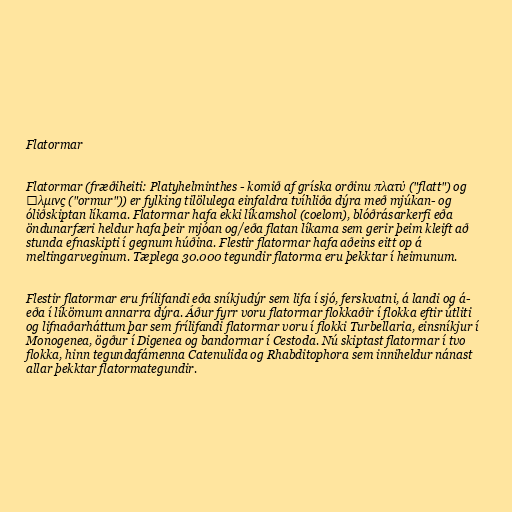
Flatormar

Flatormar (fræðiheiti: Platyhelminthes - komið af gríska orðinu πλατύ ("flatt") og
ἕλμινς ("ormur")) er fylking tilölulega einfaldra tvíhliða dýra með mjúkan- og
óliðskiptan líkama. Flatormar hafa ekki líkamshol (coelom), blóðrásarkerfi eða
öndunarfæri heldur hafa þeir mjóan og/eða flatan líkama sem gerir þeim kleift að
stunda efnaskipti í gegnum húðina. Flestir flatormar hafa aðeins eitt op á
meltingarveginum. Tæplega 30.000 tegundir flatorma eru þekktar í heimunum.

Flestir flatormar eru frílifandi eða sníkjudýr sem lifa í sjó, ferskvatni, á landi og á-
eða í líkömum annarra dýra. Áður fyrr voru flatormar flokkaðir í flokka eftir útliti
og lifnaðarháttum þar sem frílifandi flatormar voru í flokki Turbellaria, einsníkjur í
Monogenea, ögður í Digenea og bandormar í Cestoda. Nú skiptast flatormar í tvo
flokka, hinn tegundafámenna Catenulida og Rhabditophora sem inniheldur nánast
allar þekktar flatormategundir.